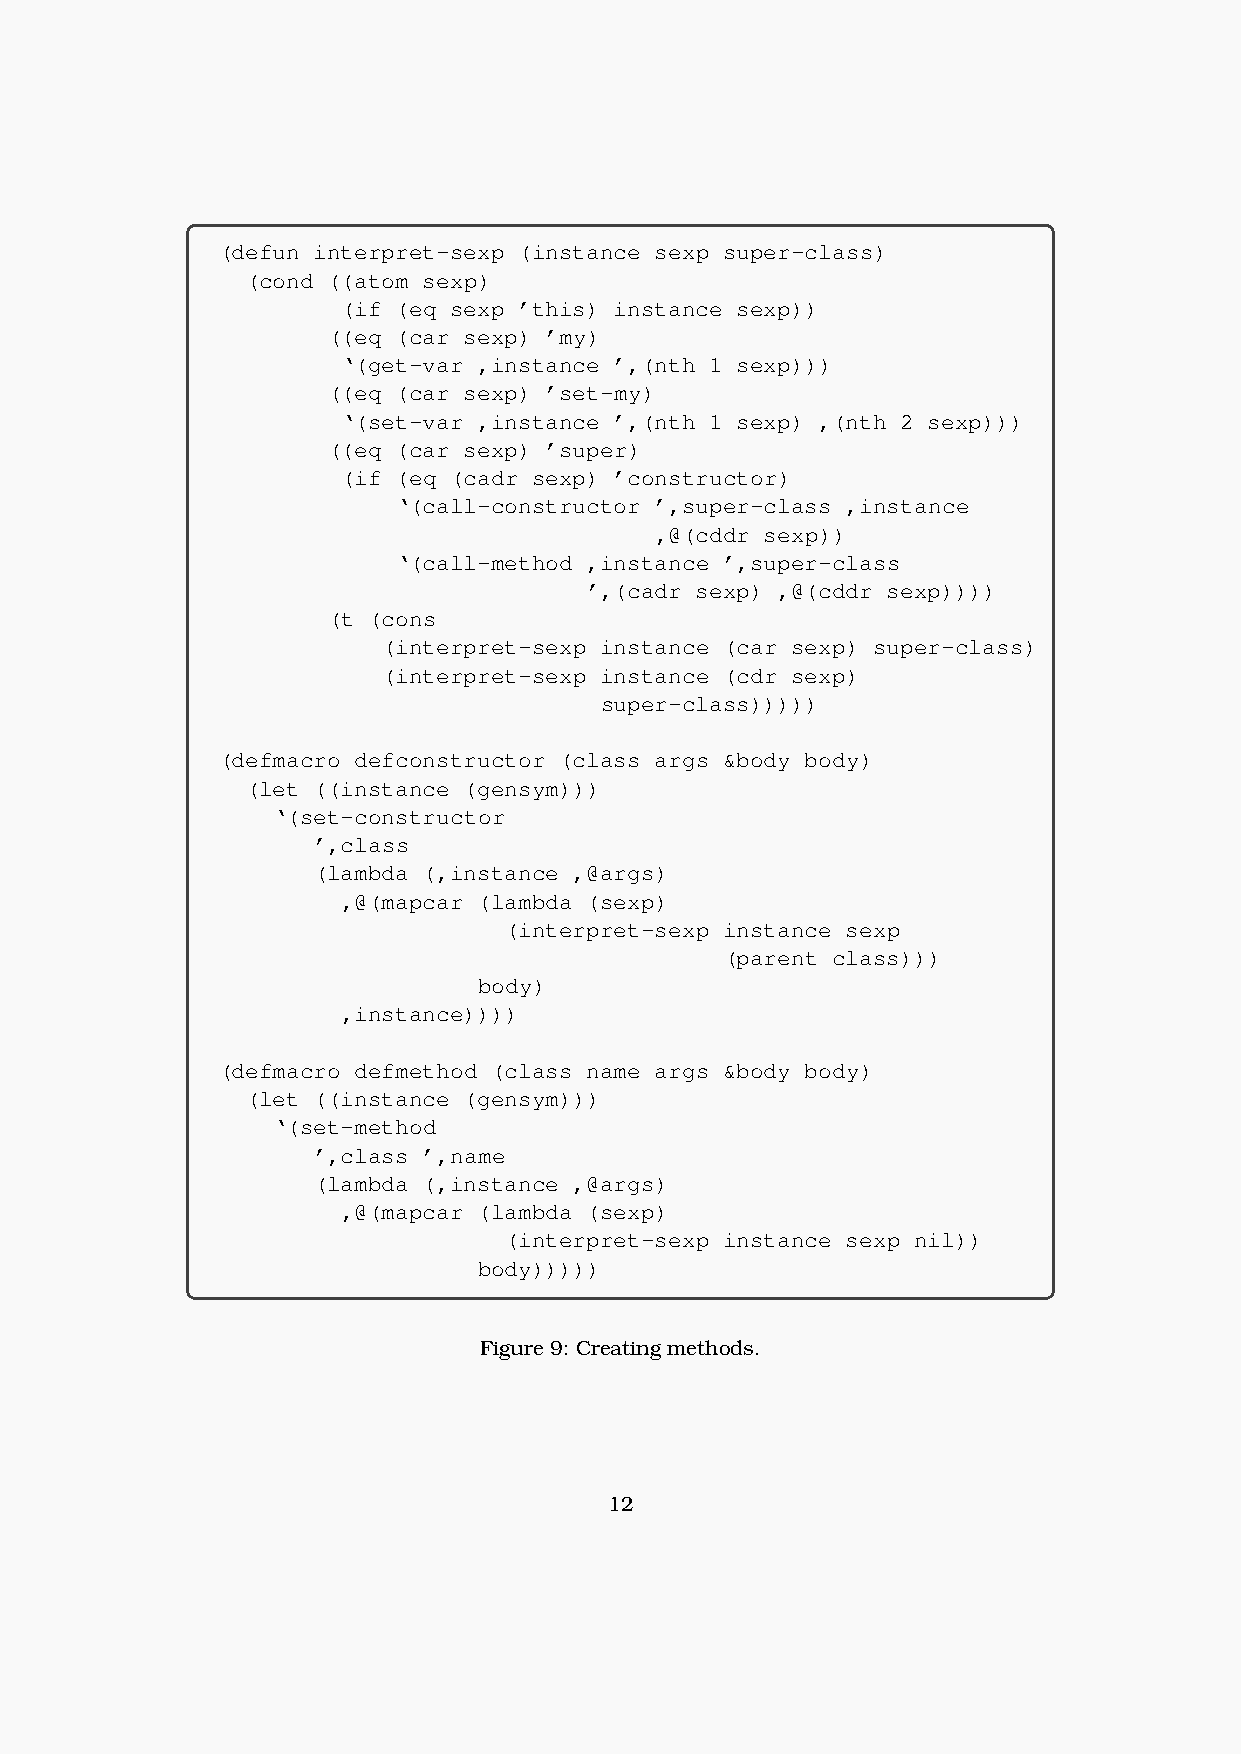
(defun interpret-sexp (instance sexp super-class)
 (cond ((atom sexp)
 (if (eq sexp ’this) instance sexp))
 ((eq (car sexp) ’my)
 ‘(get-var ,instance ’,(nth 1 sexp)))
 ((eq (car sexp) ’set-my)
 ‘(set-var ,instance ’,(nth 1 sexp) ,(nth 2 sexp)))
 ((eq (car sexp) ’super)
 (if (eq (cadr sexp) ’constructor)
 ‘(call-constructor ’,super-class ,instance
 ,@(cddr sexp))
 ‘(call-method ,instance ’,super-class
 ’,(cadr sexp) ,@(cddr sexp))))
 (t (cons
 (interpret-sexp instance (car sexp) super-class)
 (interpret-sexp instance (cdr sexp)
 super-class)))))
 (defmacro defconstructor (class args &body body)
 (let ((instance (gensym)))
 ‘(set-constructor
 ’,class
 (lambda (,instance ,@args)
 ,@(mapcar (lambda (sexp)
 (interpret-sexp instance sexp
 (parent class)))
 body)
 ,instance))))
 (defmacro defmethod (class name args &body body)
 (let ((instance (gensym)))
 ‘(set-method
 ’,class ’,name
 (lambda (,instance ,@args)
 ,@(mapcar (lambda (sexp)
 (interpret-sexp instance sexp nil))
 body)))))
 Figure 9: Creating methods.
 12